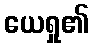
ယေရှု၏